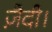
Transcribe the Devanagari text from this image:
ज़ैदी।